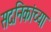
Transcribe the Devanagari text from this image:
सदनिकांच्या